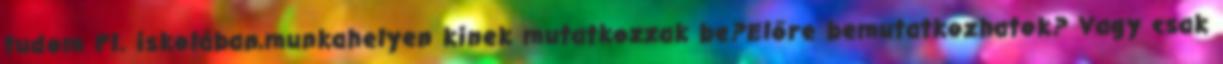
tudom Pl. iskolában,munkahelyen kinek mutatkozzak be?Előre bemutatkozhatok? Vagy csak